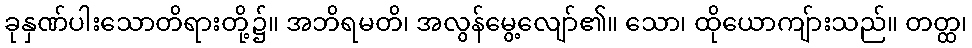
ခုနှဏ်ပါးသောတိရားတို့၌။ အဘိရမတိ၊ အလွန်မွေ့လျော်၏။ သော၊ ထိုယောကျ်ားသည်။ တတ္ထ၊